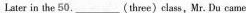
Later in the 50.___(three》class,Mr. Du came